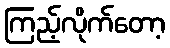
ကြည့်လိုက်တော့